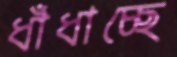
ধাঁধাচ্ছে